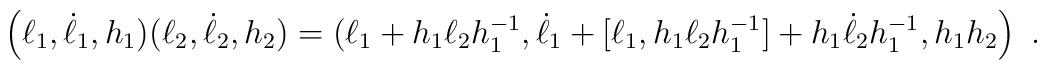
\left( \ell _1,\dot \ell _1,h_1)(\ell _2,\dot \ell _2,h_2)=(\ell _1+h_1\ell_2h_1^{-1},\dot \ell _1+[\ell _1,h_1\ell _2h_1^{-1}]+h_1\dot \ell_2h_1^{-1},h_1h_2\right) \ .